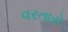
વરતારો